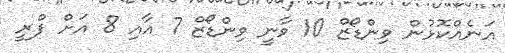
އަނެއްކޮޅުން ވިންޑޯޒް 10 ވާނީ ވިންޑޯޒް 7 އާއި 8 އަށް ފްރީ